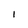
Character: l